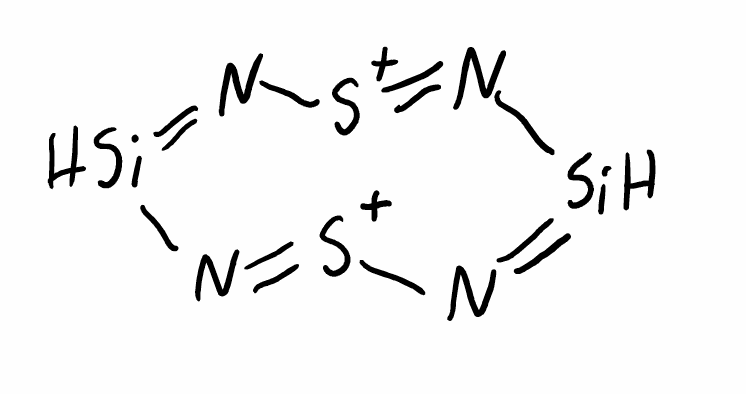
Simplified molecular-input line-entry system (SMILES) notation of the given molecule:
N1=[SiH]N=[S+]N=[SiH]N=[S+]1